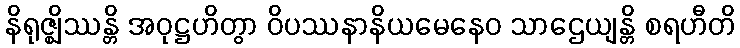
နိရုဇ္ဈိဿန္တိ အဝုဋ္ဌဟိတွာ ဝိပဿနာနိယမေနေဝ သာဌေယျန္တိ စရဟီတိ